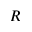
R